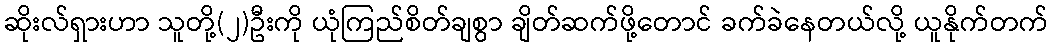
ဆိုးလ်ရှားဟာ သူတို့(၂)ဦးကို ယုံကြည်စိတ်ချစွာ ချိတ်ဆက်ဖို့တောင် ခက်ခဲနေတယ်လို့ ယူနိုက်တက်